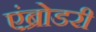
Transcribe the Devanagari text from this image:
एंब्रोडरी